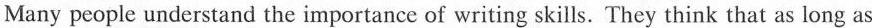
Many people understand the importance of writing skills. They think that as long as